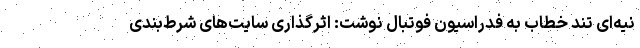
نیه‌ای تند خطاب به فدراسیون فوتبال نوشت: اثرگذاری سایت‌های شرط‌بندی